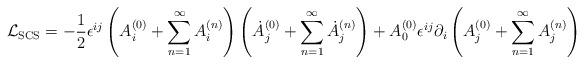
LaTeX: \begin{align*} {\cal L}_{\rm SCS} = - \frac{1}{2} \epsilon^{ij} \left( A_i^{(0)} + \sum^{\infty}_{n=1} A_i^{(n)} \right) \left( \dot{A}_j^{(0)} + \sum^{\infty}_{n=1} \dot{A}_j^{(n)} \right) + A_0^{(0)} \epsilon^{ij} \partial_i \left( A_j^{(0)} + \sum^{\infty}_{n=1} A_j^{(n)} \right)\end{align*}